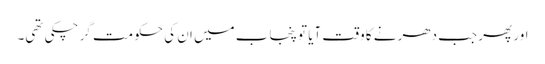
اور پھر جب دھرنے کا وقت آیا تو پنجاب میں ان کی حکومت گر چکی تھی۔